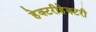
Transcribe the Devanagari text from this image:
हेक्टरीहेक्टरी